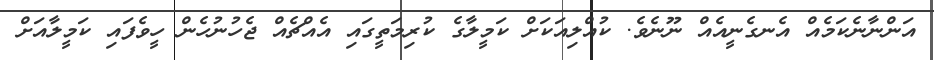
އަންނާނެކަމެއް އެނގެނީއެއް ނޫނެވެ. ކުއްލިއަކަށް ކަމީލާގެ ކުރިމަތީގައި އެއްޗެއް ޖެހުނުހެން ހީވެފައި ކަމީލާއަށް